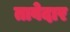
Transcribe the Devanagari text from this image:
तावेदार